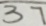
3 7